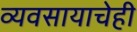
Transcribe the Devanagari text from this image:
व्यवसायाचेही